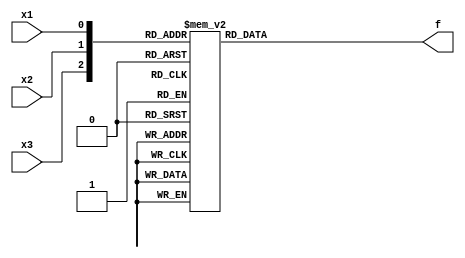
module top_module( 
    input x3,
    input x2,
    input x1,  // three inputs
    output f   // one output
);

    wire [2:0] w;
    assign w = {x3, x2, x1};
    
    always @(*) begin
        case (w)
            2,3,5,7: f = 1;
            0,1,4,6: f = 0;
            default: f = 0;
        endcase
    end

    // This truth table has four minterms. 
    //assign f = ( ~x3 & x2 & ~x1 ) | 
    //            ( ~x3 & x2 & x1 ) |
    //            ( x3 & ~x2 & x1 ) |
    //            ( x3 & x2 & x1 ) ;
                
    // It can be simplified, by boolean algebra or Karnaugh maps.
    // assign f = (~x3 & x2) | (x3 & x1);
    
    // You may then notice that this is actually a 2-to-1 mux, selected by x3:
    // assign f = x3 ? x1 : x2;
endmodule